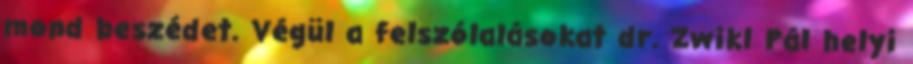
mond beszédet. Végül a felszólalásokat dr. Zwikl Pál helyi